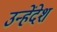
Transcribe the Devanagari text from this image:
उन्हेंदेश